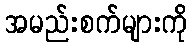
အမည်းစက်များကို